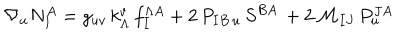
\nabla _ { u } N _ { I } ^ { A } = g _ { u v } \, k _ { \Lambda } ^ { v } \, f _ { I } ^ { \Lambda A } + 2 \, P _ { I B \, u } \, S ^ { B A } \, + 2 \, { \mathcal { M } } _ { I J } \, P _ { u } ^ { J A }